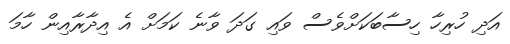
އަދި ހުރިހާ ހިސާބަކަށްވެސް ވައި ގަދަ ވާނެ ކަމަށް އެ އިދާރާއިން ހާމަ